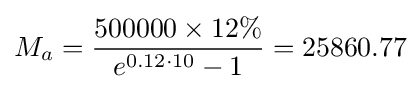
M_{a}={\frac {500000\times 12\%}{e^{0.12\cdot 10}-1}}=25860.77